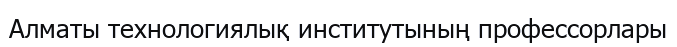
Алматы технологиялық институтының профессорлары